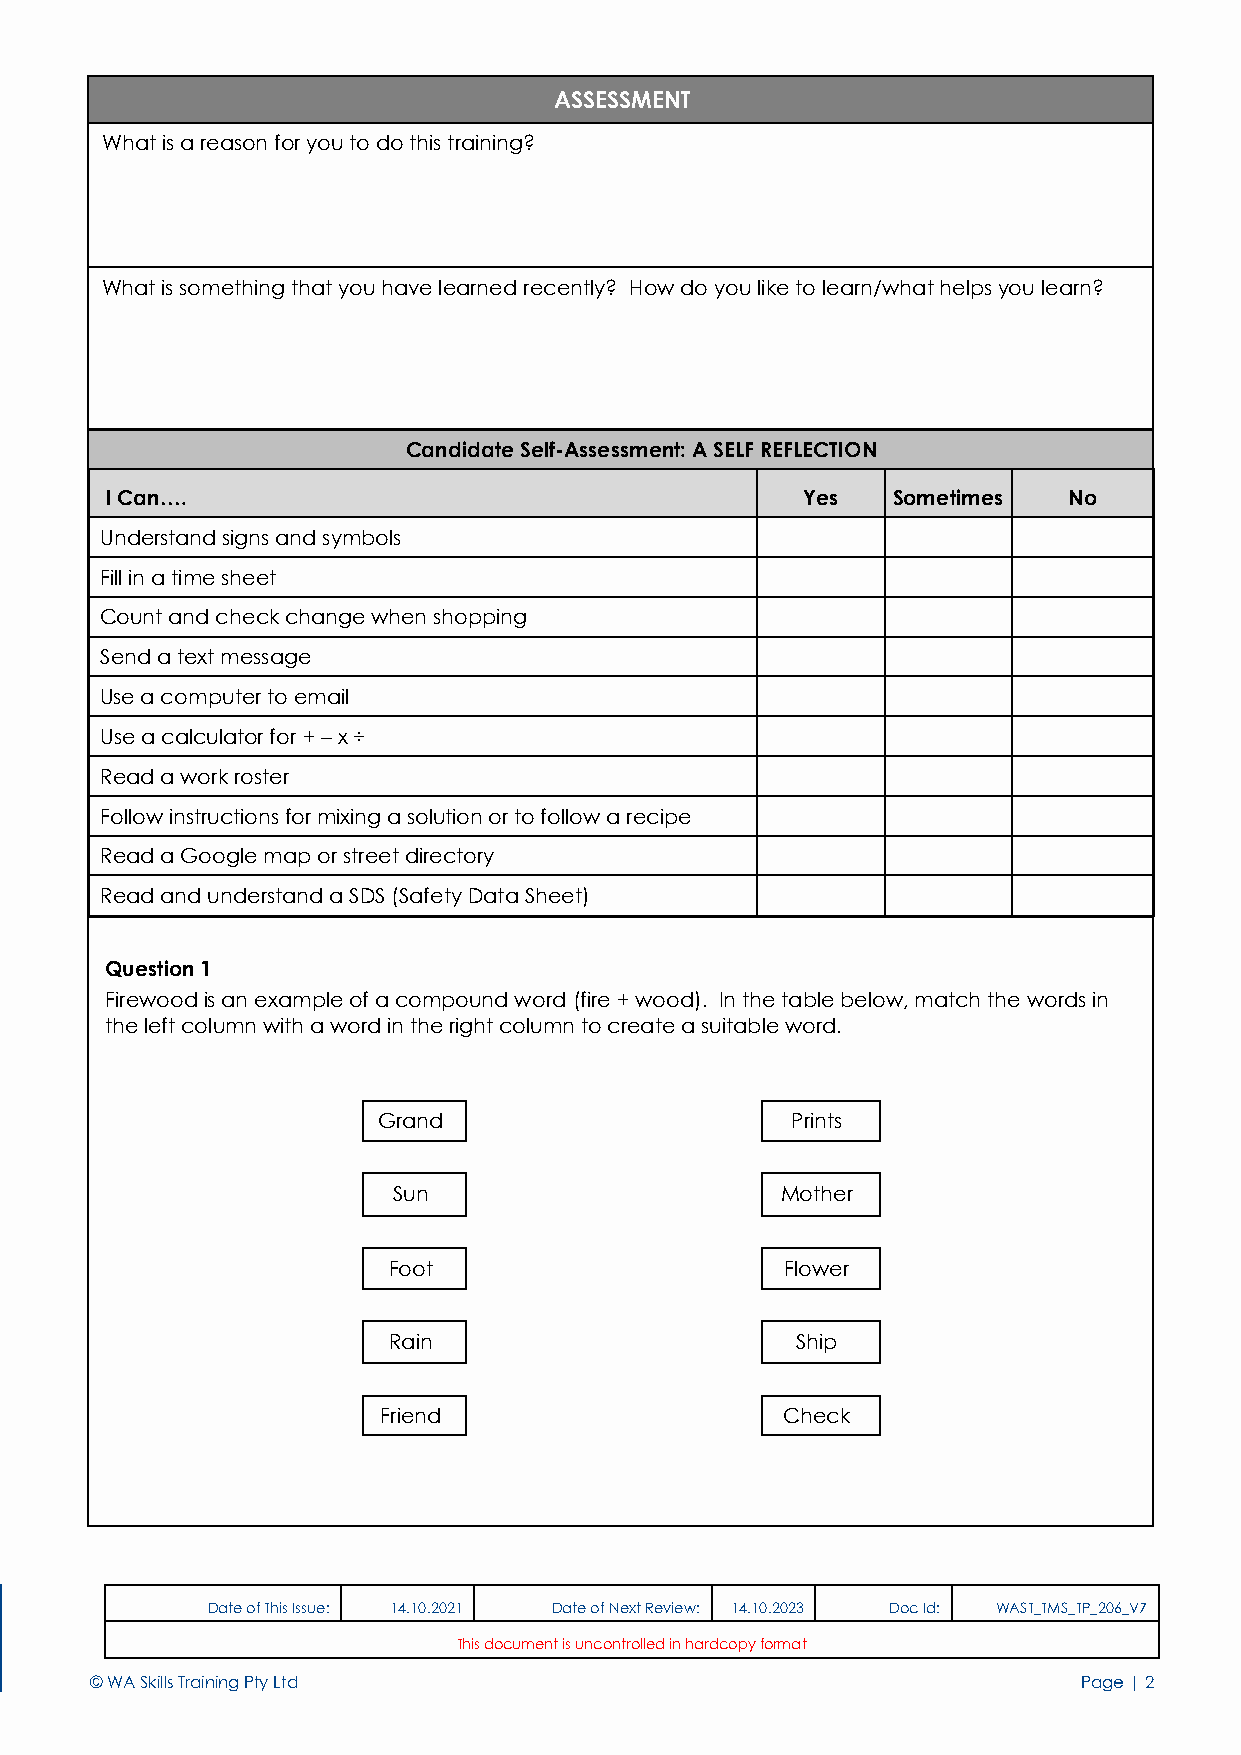
ASSESSMENT
 What is a reason for you to do this training?
 What is something that you have learned recently? How do you like to learn/what helps you learn?
 Candidate Self-Assessment: A SELF REFLECTION
 I Can….                                       Yes   Sometimes   No
 Understand signs and symbols
 Fill in a time sheet
 Count and check change when shopping
 Send a text message
 Use a computer to email
 Use a calculator for + – x ÷
 Read a work roster
 Follow instructions for mixing a solution or to follow a recipe
 Read a Google map or street directory
 Read and understand a SDS (Safety Data Sheet)
 Question 1
 Firewood is an example of a compound word (fire + wood). In the table below, match the words in
 the left column with a word in the right column to create a suitable word.
 Grand                      Prints
 Sun                       Mother
 Foot                      Flower
 Rain                       Ship
 Friend                     Check
 2             Date of This Issue: 14.10.2021 Date of Next Review: 14.10.2023 Doc Id: WAST_TMS_TP_206_V7
 This document is uncontrolled in hardcopy format
 © WA Skills Training Pty Ltd                                      Page | 2